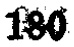
180